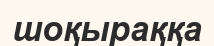
шоқыраққа